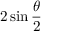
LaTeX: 2 \sin { \frac { \theta } { 2 } }